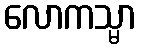
လောကသ္မာ